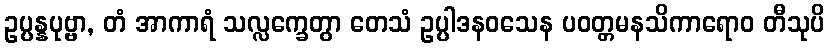
ဥပ္ပန္နပုဗ္ဗာ, တံ အာကာရံ သလ္လက္ခေတွာ တေသံ ဥပ္ပါဒနဝသေန ပဝတ္တမနသိကာရောဝ တီသုပိ